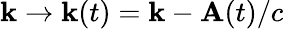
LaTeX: \textbf{k}\to\textbf{k}(t)=\textbf{k}-\textbf{A}(t)/c